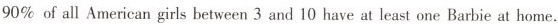
90% of all American girls between 3 and 10 have at least one Barbie at home.